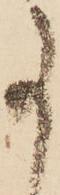
事